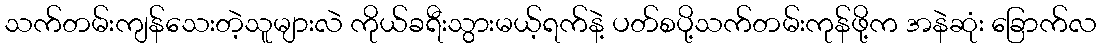
သက်တမ်းကျန်သေးတဲ့သူများလဲ ကိုယ်ခရီးသွားမယ့်ရက်နဲ့ ပတ်စပို့သက်တမ်းကုန်ဖို့က အနဲဆုံး ခြောက်လ